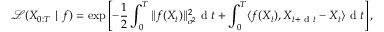
\small \mathcal { L } ( X _ { 0 : T } \mid f ) = \exp \left[ - \frac { 1 } { 2 } \int _ { 0 } ^ { T } \| f ( X _ { t } ) \| _ { \sigma ^ { 2 } } ^ { 2 } \mathrm { ~ d ~ } t + \int _ { 0 } ^ { T } \langle f ( X _ { t } ) , X _ { t + \mathrm { ~ d ~ } t } - X _ { t } \rangle \mathrm { ~ d ~ } t \right] ,